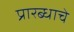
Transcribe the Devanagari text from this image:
प्रारब्धाचे